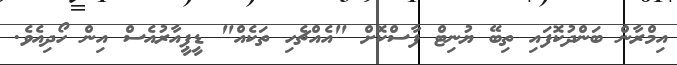
އިމްރާން ބަންދުކޮފައި ތިބޭ ޔުނިޓް ފާސްކޮށް "އެއްޗެހި ތަކެއް" ޑީޕީއާރުއެސް އިން ހޯދިއެވެ.